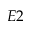
E 2